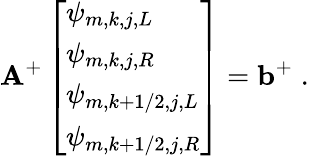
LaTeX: \mathbf{A}^{+}\left[\begin{array}{l}{\psi_{m,k,j,L}}\\ {\psi_{m,k,j,R}}\\ {\psi_{m,k+1/2,j,L}}\\ {\psi_{m,k+1/2,j,R}}\end{array}\right]=\mathbf{b}^{+}\; .